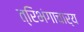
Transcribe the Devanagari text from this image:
त्रिभंगाचार्य